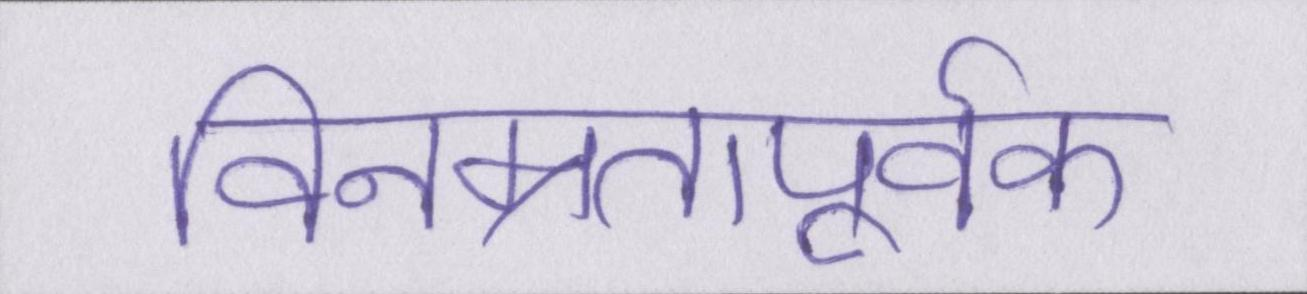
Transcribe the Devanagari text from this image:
विनम्रतापूर्वक